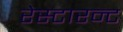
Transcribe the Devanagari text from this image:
रेस्टारन्ट